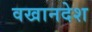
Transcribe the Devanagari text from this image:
वखानदेश